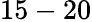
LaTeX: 15-20